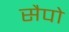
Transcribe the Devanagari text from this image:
सैपो